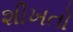
શીખતો